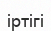
іртігі